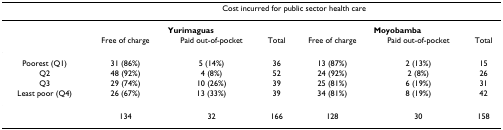
|  | <COLSPAN=6> Cost incurred for public sector health care |
 | --- | --- | --- | --- | --- | --- | --- |
 |  | <COLSPAN=3> Yurimaguas | <COLSPAN=3> Moyobamba |
 |  | Free of charge | Paid out-of-pocket | Total | Free of charge | Paid out-of-pocket | Total |
 | Poorest (Q1) | 31 (86%) | 5 (14%) | 36 | 13 (87%) | 2 (13%) | 15 |
 | Q2 | 48 (92%) | 4 (8%) | 52 | 24 (92%) | 2 (8%) | 26 |
 | Q3 | 29 (74%) | 10 (26%) | 39 | 25 (81%) | 6 (19%) | 31 |
 | Least poor (Q4) | 26 (67%) | 13 (33%) | 39 | 34 (81%) | 8 (19%) | 42 |
 |  | 134 | 32 | 166 | 128 | 30 | 158 |